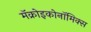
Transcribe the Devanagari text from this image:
मॅक्रोइकोनॉमिक्स